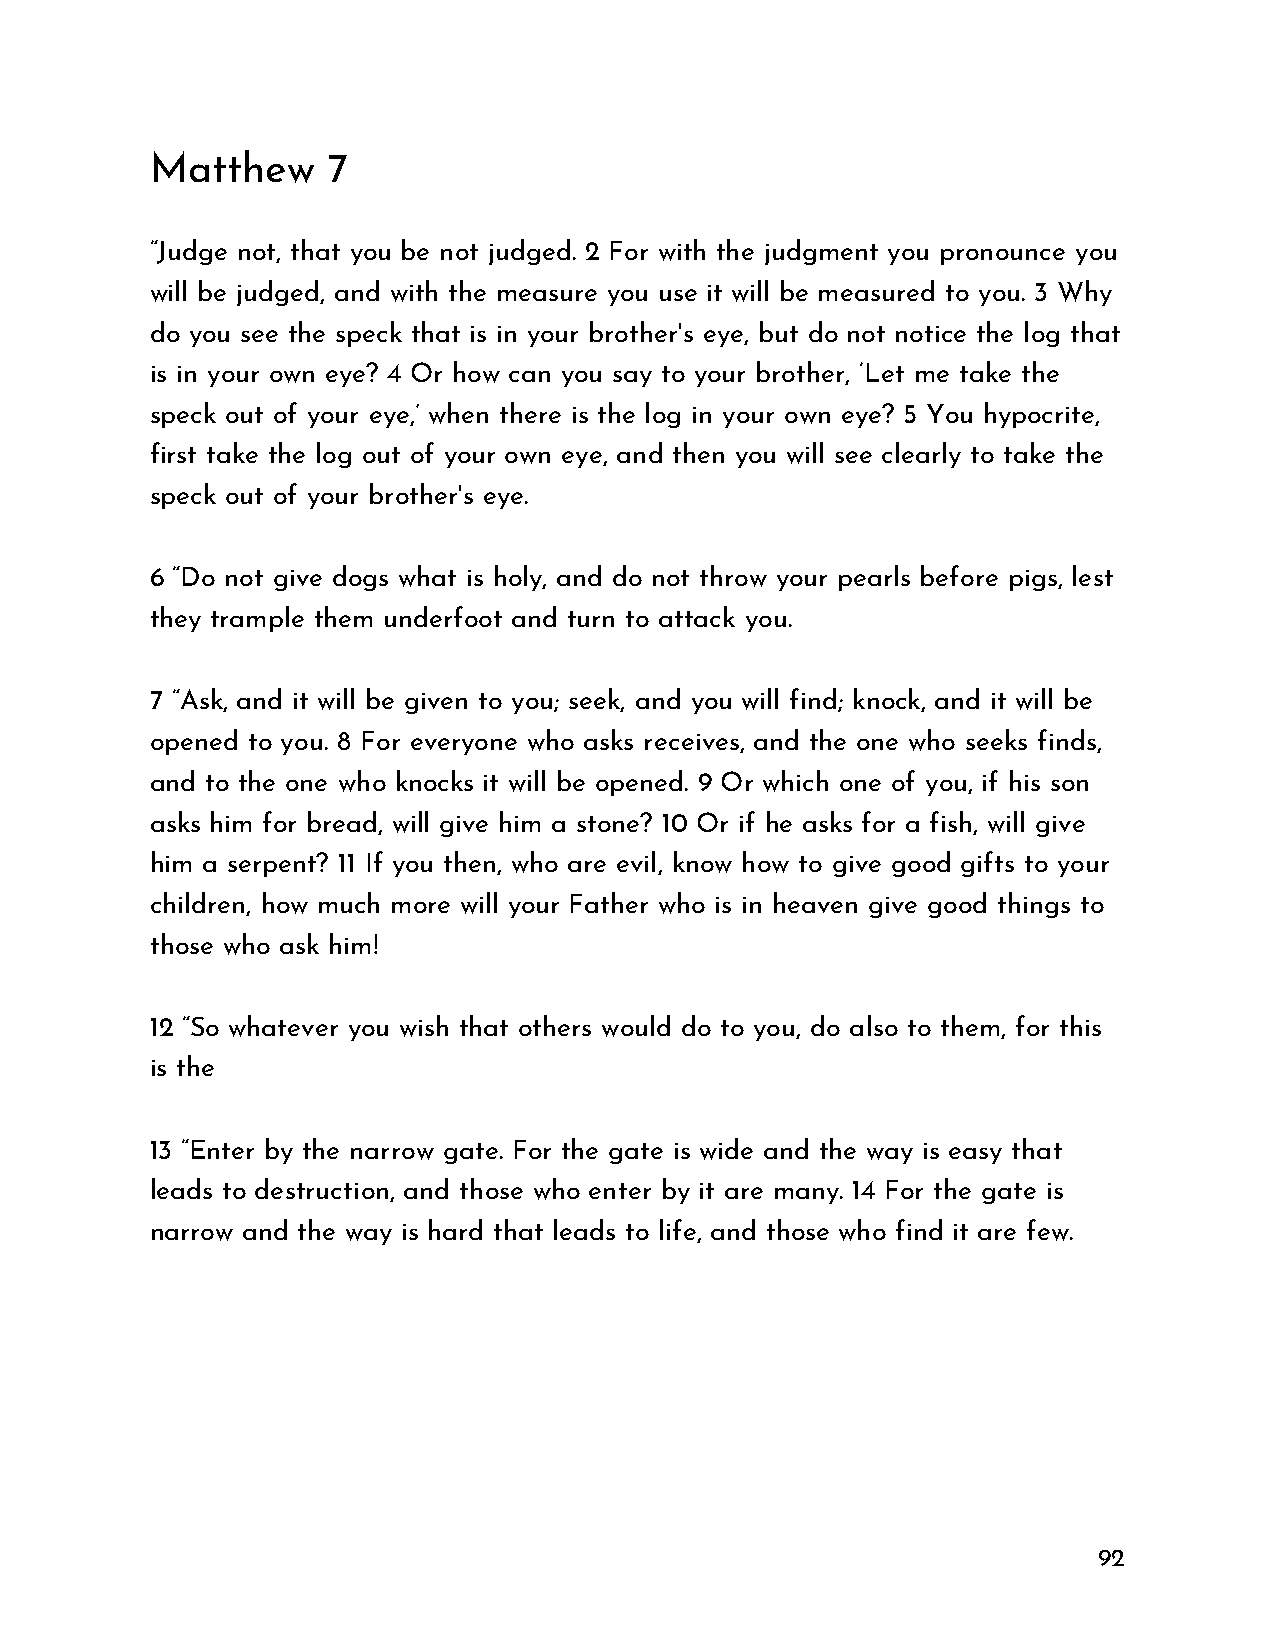
Matthew     7
 “Judge not, that you be not judged. 2 For with the judgment you pronounce you
 will be judged, and with the measure you use it will be measured to you. 3 Why
 do you see the speck that is in your brother's eye, but do not notice the log that
 is in your own eye? 4 Or how can you say to your brother, ‘Let me take the
 speck out of your eye,’ when there is the log in your own eye? 5 You hypocrite,
 first take the log out of your own eye, and then you will see clearly to take the
 speck out of your brother's eye.
 6 “Do not give dogs what is holy, and do not throw your pearls before pigs, lest
 they trample them underfoot and turn to attack you.
 7 “Ask, and it will be given to you; seek, and you will find; knock, and it will be
 opened to you. 8 For everyone who asks receives, and the one who seeks finds,
 and to the one who knocks it will be opened. 9 Or which one of you, if his son
 asks him for bread, will give him a stone? 10 Or if he asks for a fish, will give
 him a serpent? 11 If you then, who are evil, know how to give good gifts to your
 children, how much more will your Father who is in heaven give good things to
 those who ask him!
 12 “So whatever you wish that others would do to you, do also to them, for this
 is the
 13 “Enter by the narrow gate. For the gate is wide and the way is easy that
 leads to destruction, and those who enter by it are many. 14 For the gate is
 narrow and the way is hard that leads to life, and those who find it are few.
 92